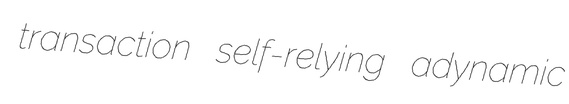
transaction self-relying adynamic